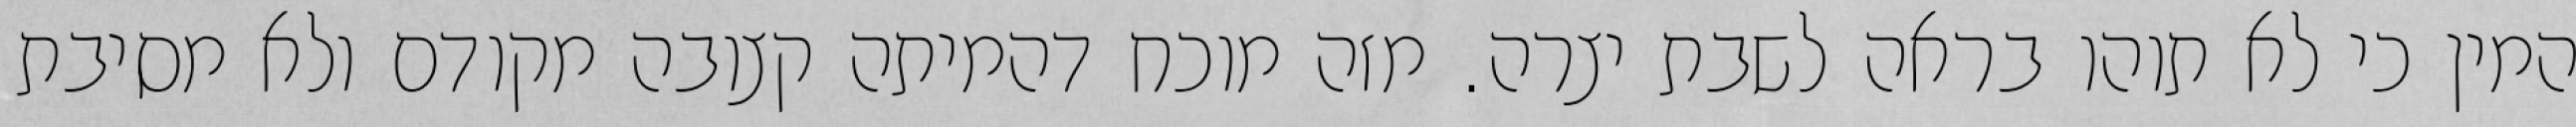
המין כי לא תוהו בראה לשבת יצרה. מזה מוכח דהמיתה קצובה מקודם ולא מסיבת